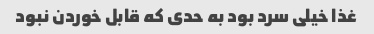
غذا خیلی سرد بود به حدی که قابل خوردن نبود